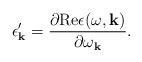
\begin{align*}\epsilon'_{\bf k}={\partial {\rm Re}\epsilon(\omega,{\bf k})\over \partial\omega _{\bf k}}.\end{align*}